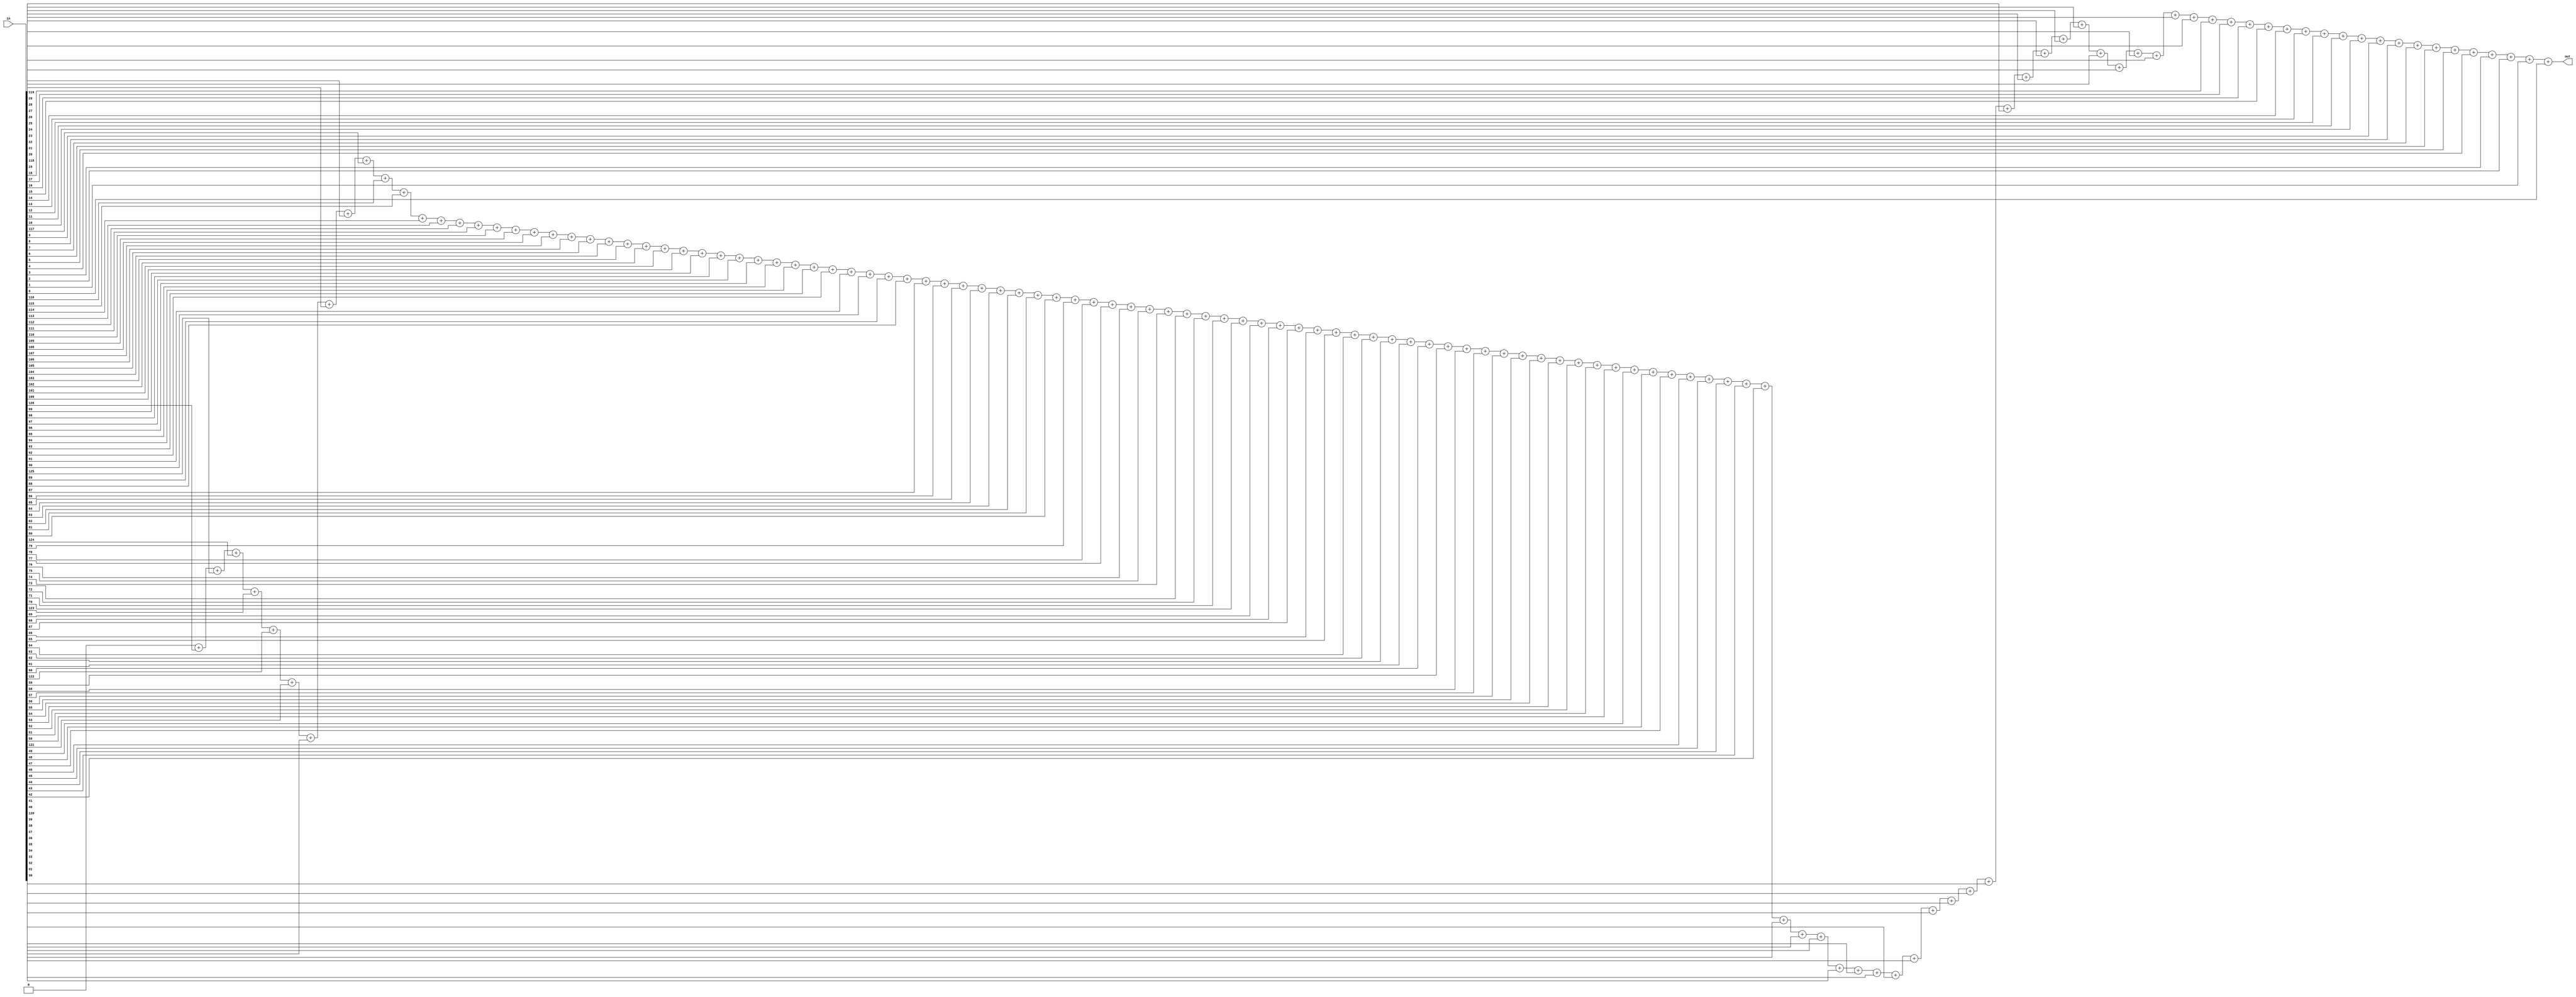
`timescale 1ns/1ns
module OnescounterAlQ6 #(parameter n = 6) (input [0 : 2 ** (n + 1) - 2] in,output [n : 0] out);
	integer k=0;
        integer Dummy=0;
        always@(in) begin
              Dummy=0;
              for(k=0;k<=126;k=k+1)begin
                   Dummy=Dummy+in[k];
              end
        end
        assign #798 out=Dummy;
endmodule